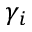
\gamma _ { i }